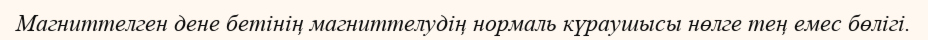
Магниттелген дене бетінің магниттелудің нормаль күраушысы нөлге тең емес бөлігі.